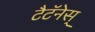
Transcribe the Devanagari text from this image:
टैटॅनेस्